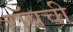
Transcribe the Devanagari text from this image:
रॉयची